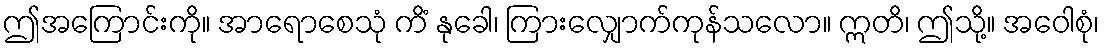
ဤအကြောင်းကို။ အာရောစေသုံ ကိံ နုခေါ၊ ကြားလျှောက်ကုန်သလော။ ဣတိ၊ ဤသို့။ အဝေါစုံ၊